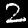
Label: 2